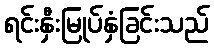
ရင်းနှီးမြုပ်နှံခြင်းသည်